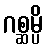
ဂစ္ဆမ္ပိ